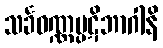
သင်္ခဝဏ္ဏပ္ပဋိဘာဂါနိ